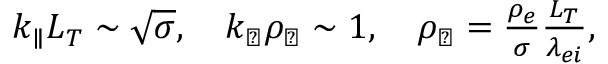
\begin{array} { r } { k _ { \parallel } L _ { T } \sim \sqrt { \sigma } , \quad k _ { \perp } \rho _ { \perp } \sim 1 , \quad \rho _ { \perp } = \frac { \rho _ { e } } { \sigma } \frac { L _ { T } } { \lambda _ { e i } } , } \end{array}